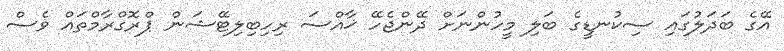
އޭގެ ބަދަލުގައި ސިކުނޑީގެ ބަލި މީހުންނަށް ދޭންޖެހޭ ޚާއްސަ ރިހިބިލިޓޭޝަން ޕްރޮގްރާމްތައް ވެސް